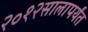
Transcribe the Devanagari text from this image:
२०१२सालापर्यंत